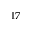
^ { 1 7 }